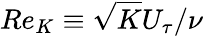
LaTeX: Re_{K}\equiv\sqrt{K}U_{\tau}/\nu